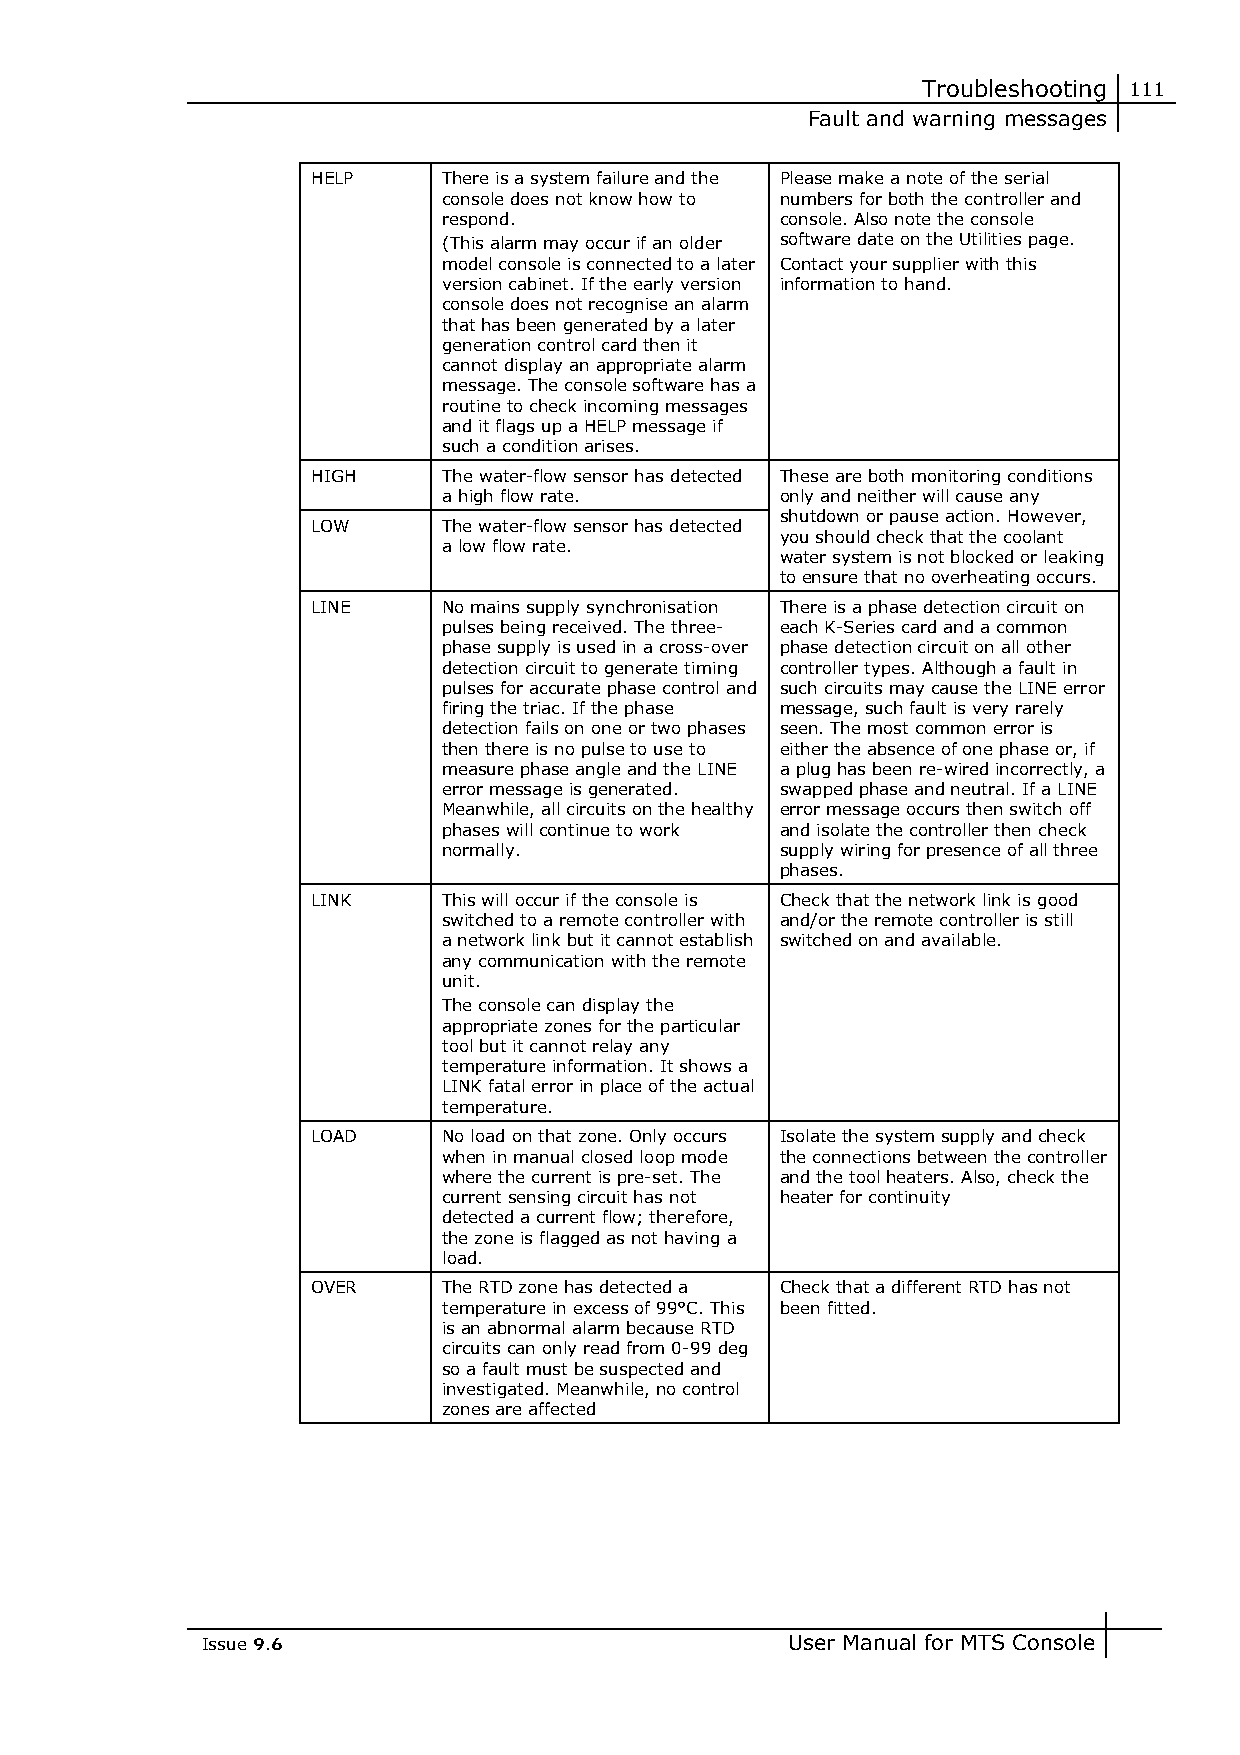
Troubleshooting 111
 Fault and warning messages
 HELP    There is a system failure and the Please make a note of the serial
 console does not know how to numbers for both the controller and
 respond.               console. Also note the console
 (This alarm may occur if an older software date on the Utilities page.
 model console is connected to a later Contact your supplier with this
 version cabinet. If the early version information to hand.
 console does not recognise an alarm
 that has been generated by a later
 generation control card then it
 cannot display an appropriate alarm
 message. The console software has a
 routine to check incoming messages
 and it flags up a HELP message if
 such a condition arises.
 HIGH    The water-flow sensor has detected These are both monitoring conditions
 a high flow rate.      only and neither will cause any
 shutdown or pause action. However,
 LOW     The water-flow sensor has detected
 you should check that the coolant
 a low flow rate.
 water system is not blocked or leaking
 to ensure that no overheating occurs.
 LINE    No mains supply synchronisation There is a phase detection circuit on
 pulses being received. The three- each K-Series card and a common
 phase supply is used in a cross-over phase detection circuit on all other
 detection circuit to generate timing controller types. Although a fault in
 pulses for accurate phase control and such circuits may cause the LINE error
 firing the triac. If the phase message, such fault is very rarely
 detection fails on one or two phases seen. The most common error is
 then there is no pulse to use to either the absence of one phase or, if
 measure phase angle and the LINE a plug has been re-wired incorrectly, a
 error message is generated. swapped phase and neutral. If a LINE
 Meanwhile, all circuits on the healthy error message occurs then switch off
 phases will continue to work and isolate the controller then check
 normally.              supply wiring for presence of all three
 phases.
 LINK    This will occur if the console is Check that the network link is good
 switched to a remote controller with and/or the remote controller is still
 a network link but it cannot establish switched on and available.
 any communication with the remote
 unit.
 The console can display the
 appropriate zones for the particular
 tool but it cannot relay any
 temperature information. It shows a
 LINK fatal error in place of the actual
 temperature.
 LOAD    No load on that zone. Only occurs Isolate the system supply and check
 when in manual closed loop mode the connections between the controller
 where the current is pre-set. The and the tool heaters. Also, check the
 current sensing circuit has not heater for continuity
 detected a current flow; therefore,
 the zone is flagged as not having a
 load.
 OVER    The RTD zone has detected a Check that a different RTD has not
 temperature in excess of 99°C. This been fitted.
 is an abnormal alarm because RTD
 circuits can only read from 0-99 deg
 so a fault must be suspected and
 investigated. Meanwhile, no control
 zones are affected
 Issue 9.6                              User Manual for MTS Console